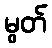
မွတ်